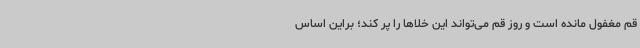
قم مغفول مانده است و روز قم می‌تواند این خلا‌ها را پر کند؛ براین اساس